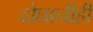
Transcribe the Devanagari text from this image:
दोघानीही